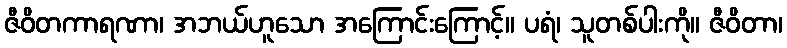
ဇီဝိတကာရဏာ၊ အဘယ်ဟူသော အကြောင်းကြောင့်။ ပရံ၊ သူတစ်ပါးကို။ ဇီဝိတာ၊